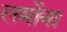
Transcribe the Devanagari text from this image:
लमोंना